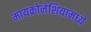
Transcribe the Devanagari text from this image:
मायक्रोनेशियामध्ये